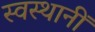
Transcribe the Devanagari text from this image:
स्वस्थानीं